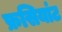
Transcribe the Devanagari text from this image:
फ्रसियांट